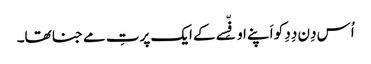
اُس دِن دِدِ کو اَپنے اوفِّسے کے ایک پرتِ مے جنا تھا۔